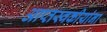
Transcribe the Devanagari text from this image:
आप्तस्वकीयांना